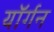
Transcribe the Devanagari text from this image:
यॉर्गन